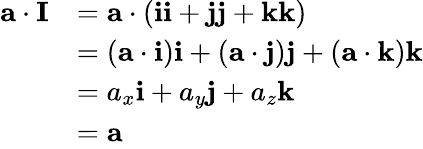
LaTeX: {\begin{array}{rl}{\mathbf{a}\cdot\mathbf{I}}&{=\mathbf{a}\cdot(\mathbf{i}\mathbf{i}+\mathbf{j}\mathbf{j}+\mathbf{k}\mathbf{k})}\\ &{=(\mathbf{a}\cdot\mathbf{i})\mathbf{i}+(\mathbf{a}\cdot\mathbf{j})\mathbf{j}+(\mathbf{a}\cdot\mathbf{k})\mathbf{k}}\\ &{=a_{x}\mathbf{i}+a_{y}\mathbf{j}+a_{z}\mathbf{k}}\\ &{=\mathbf{a}}\end{array}}